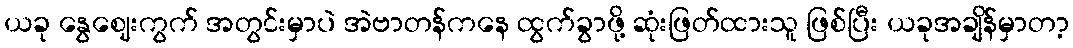
ယခု နွေဈေးကွက် အတွင်းမှာပဲ အဲဗာတန်ကနေ ထွက်ခွာဖို့ ဆုံးဖြတ်ထားသူ ဖြစ်ပြီး ယခုအချိန်မှာတာ့